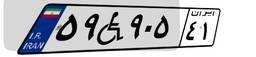
۵۹W۹۰۵۴۱